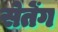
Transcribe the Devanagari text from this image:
सेतेंग